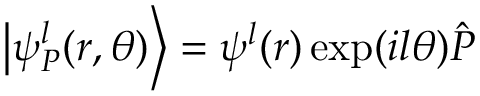
\left| \psi _ { P } ^ { l } ( r , \theta ) \right\rangle = \psi ^ { l } ( r ) \exp ( i l \theta ) \hat { P }